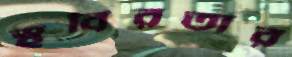
স্থবিরতার